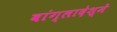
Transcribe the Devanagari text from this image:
बांग्लादेश्में